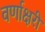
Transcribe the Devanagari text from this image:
वर्णाक्षरी